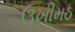
ઉખીમઠ